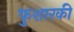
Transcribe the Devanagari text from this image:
फुशारकी